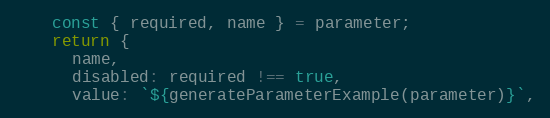
Language: JavaScript
    const { required, name } = parameter;
    return {
      name,
      disabled: required !== true,
      value: `${generateParameterExample(parameter)}`,